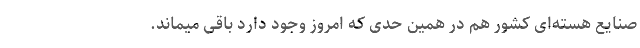
صنایع هسته‌ای کشور هم در همین حدی که امروز وجود دارد باقی میماند.